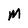
Character: M